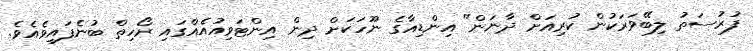
ފުރުސަތު ލިބޭވަރަކުން ކުރިއަށް ދާނަން" އިންޑިއާގެ ނޫހަކަށް ދިން އިންޓަވިއުއެއްގައި ރޯހިތް ބުނެފައިވެއެވެ.